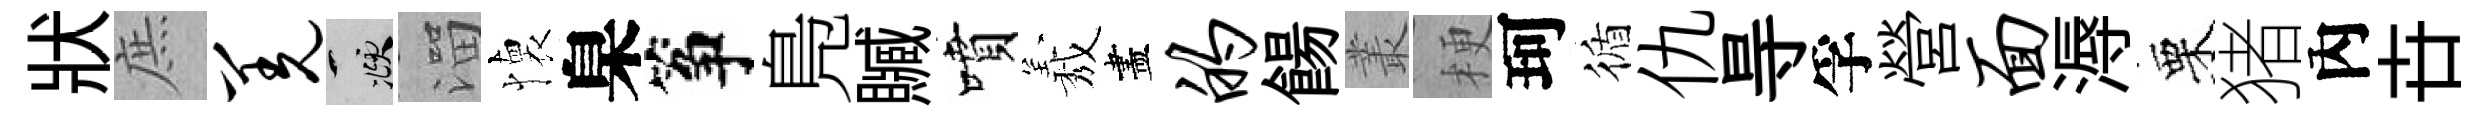
狀庶羌頫溜懐臬筝鳬贓噴𦏁盡的餳叢梗珂循仇㝵孚營面溽栗猪內卋